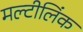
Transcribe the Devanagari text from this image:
मल्टीलिंक